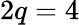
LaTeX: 2q=4